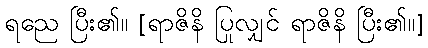
ရညေ ပြီး၏။ [ရာဇိနိ ပြုလျှင် ရာဇိနိ ပြီး၏။]